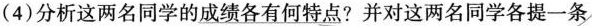
(4)分析这两名同学的成绩各有何特点?并对这两名同学各提一条